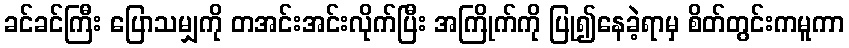
ခင်ခင်ကြီး ပြောသမျှကို တအင်းအင်းလိုက်ပြီး အကြိုက်ကို ပြု၍နေခဲ့ရာမှ စိတ်တွင်းကမူကာ